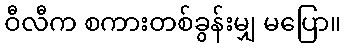
ဝီလီက စကားတစ်ခွန်းမျှ မပြော။